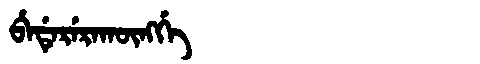
Manchu: ᠪᡝᡩᡝᡵᡝᡵᠠᡴᡡᠩᡤᡝ
Romanization: BEDERERAKŪNGGE